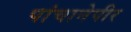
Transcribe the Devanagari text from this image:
पांचानेपीर